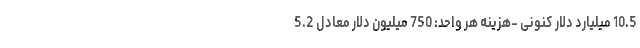
10.5 میلیارد دلار کنونی -هزینه هر واحد: 750 میلیون دلار معادل 5.2